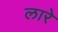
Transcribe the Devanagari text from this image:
लारे